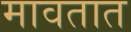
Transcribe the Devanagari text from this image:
मावतात